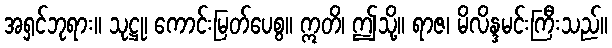
အရှင်ဘုရား။ သုဋ္ဌု၊ ကောင်းမြတ်ပေစွ။ ဣတိ၊ ဤသို့။ ရာဇ၊ မိလိန္ဒမင်းကြီးသည်။